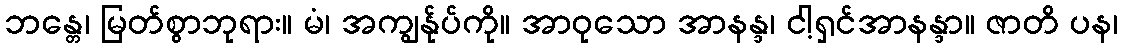
ဘန္တေ၊ မြတ်စွာဘုရား။ မံ၊ အကျွန်ုပ်ကို။ အာဝုသော အာနန္ဒ၊ ငါ့ရှင်အာနန္ဒာ။ ဇာတိ ပန၊